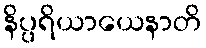
နိပ္ပရိယာယေနာတိ